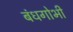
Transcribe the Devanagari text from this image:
बंधगोभी